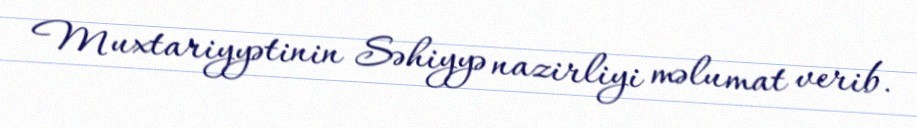
Muxtariyyətinin Səhiyyə nazirliyi məlumat verib.